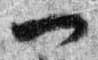
一